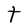
Character: t